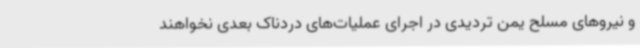
و نیروهای مسلح یمن تردیدی در اجرای عملیات‌های دردناک بعدی نخواهند